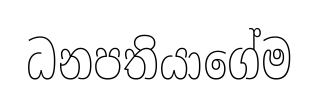
ධනපතියාගේම